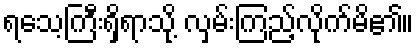
ရသေ့ကြီးရှိရာသို့ လှမ်းကြည့်လိုက်မိ၏။